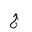
Letter: _gim